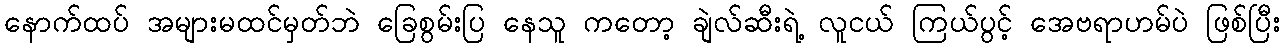
နောက်ထပ် အများမထင်မှတ်ဘဲ ခြေစွမ်းပြ နေသူ ကတော့ ချဲလ်ဆီးရဲ့ လူငယ် ကြယ်ပွင့် အေဗရာဟမ်ပဲ ဖြစ်ပြီး